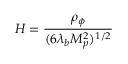
H = { \frac { \rho _ { \phi } } { ( 6 \lambda _ { b } M _ { p } ^ { 2 } ) ^ { 1 / 2 } } }